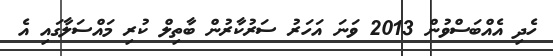
ހެދި އެއްބަސްވުން 2013 ވަނަ އަހަރު ސަރުކާރުން ބާތިލް ކުރި މައްސަލާގައި އެ